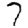
Digit: 7